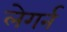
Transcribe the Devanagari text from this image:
लेगर्न